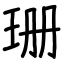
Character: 珊